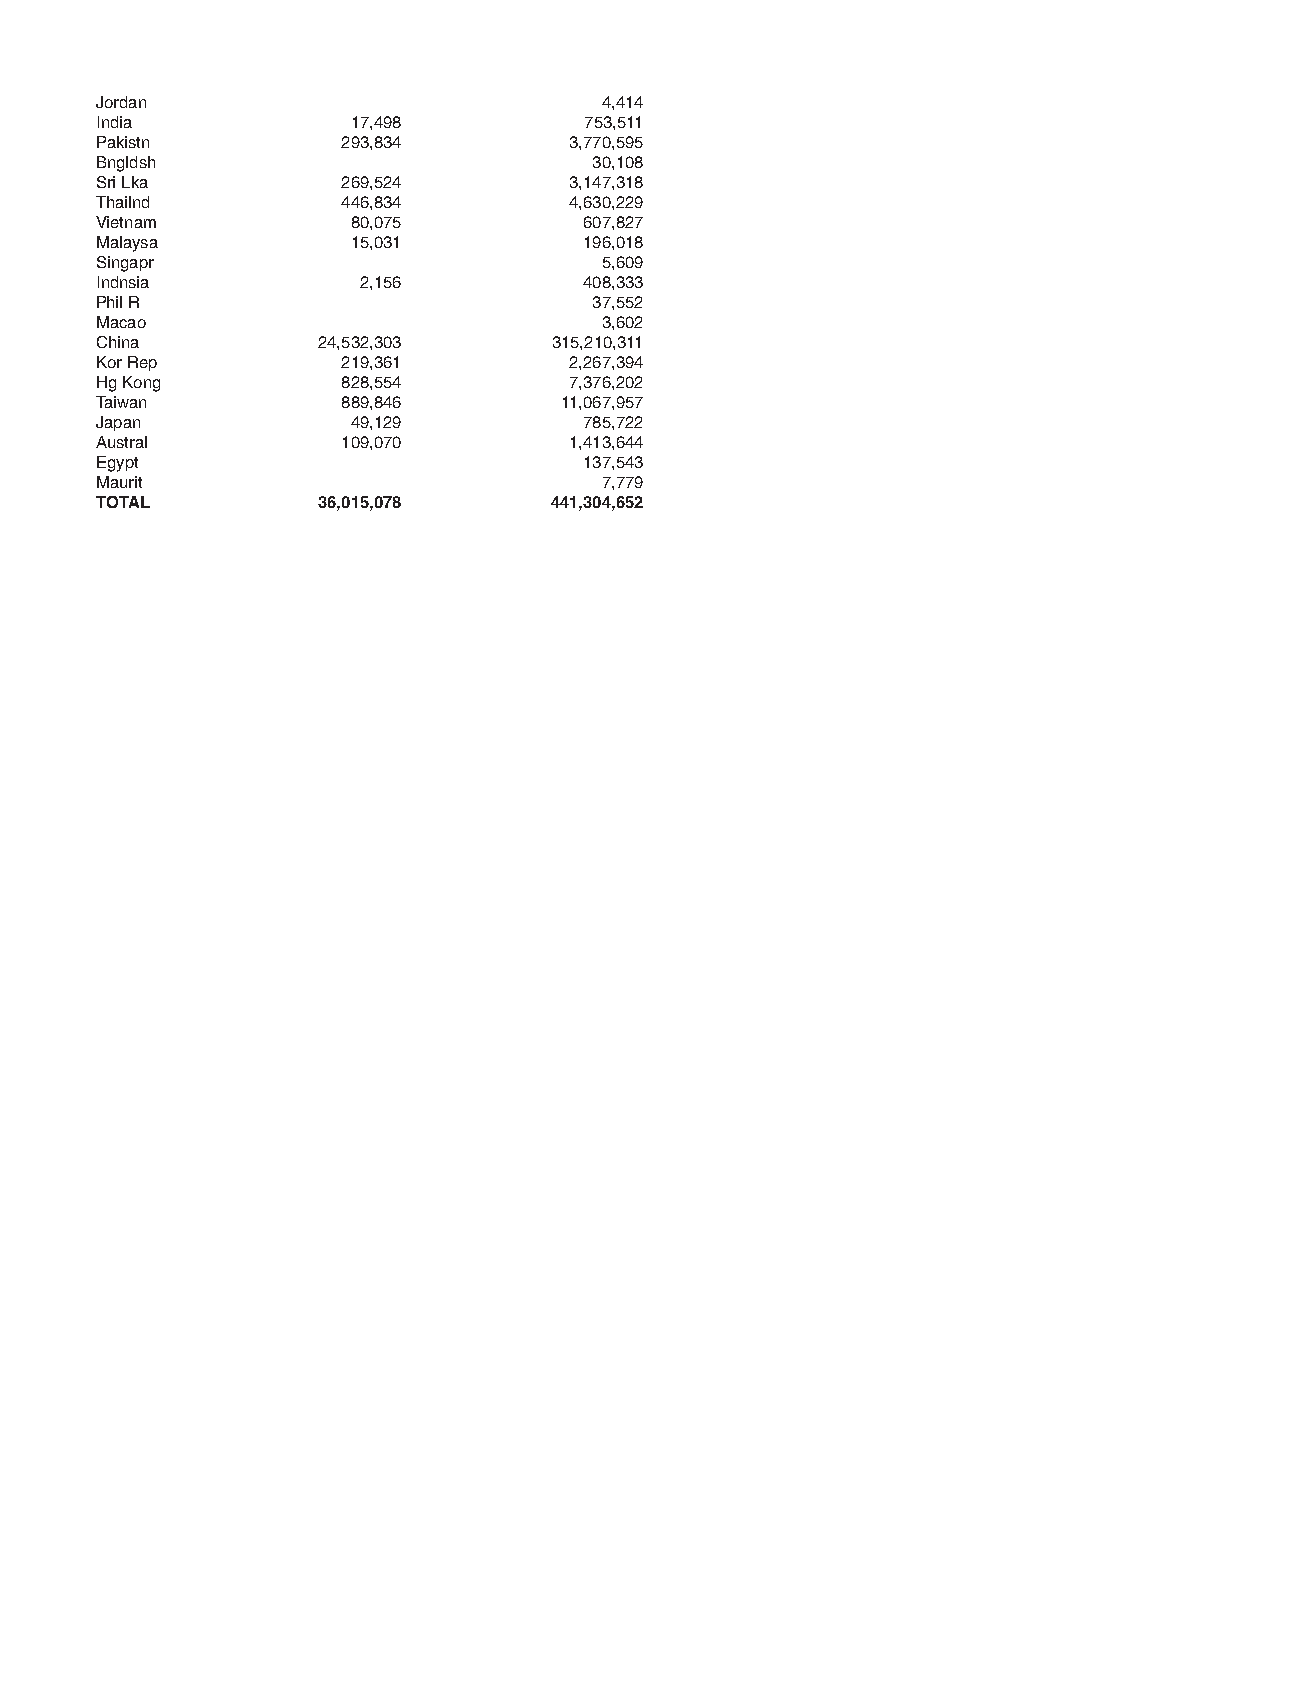
Jordan                            4,414
 India            17,498          753,511
 Pakistn          293,834        3,770,595
 Bngldsh                          30,108
 Sri Lka          269,524        3,147,318
 Thailnd          446,834        4,630,229
 Vietnam          80,075          607,827
 Malaysa          15,031          196,018
 Singapr                           5,609
 Indnsia           2,156          408,333
 Phil R                           37,552
 Macao                             3,602
 China          24,532,303      315,210,311
 KorRep           219,361        2,267,394
 Hg Kong          828,554        7,376,202
 Taiwan           889,846       11,067,957
 Japan            49,129          785,722
 Austral          109,070        1,413,644
 Egypt                            137,543
 Maurit                            7,779
 TOTAL          36,015,078     441,304,652